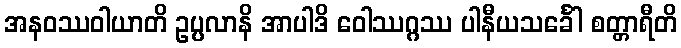
အနဝဿဝါယာတိ ဥပ္ပလာနိ အာပါဒိ ဝေါဿဂ္ဂဿ ပါနီယသင်္ခေါ စတ္တာရီတိ